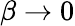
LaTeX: \beta\to 0